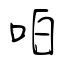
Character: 㕷